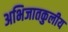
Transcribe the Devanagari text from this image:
अभिजातकुलीय